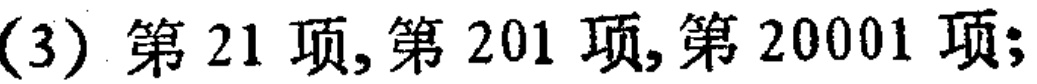
(3) 第 21 项,第 201 项,第 20001 项;